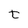
Character: t